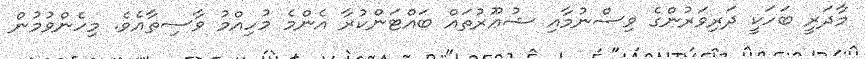
މާދަރީ ބަހަކީ ދަރިވަރުންގެ ވިސްނުމާއި ޝުޢޫރުތައް ބައްޓަންކުރާ އެންމެ މުހިއްމު ވާސިޠާއެވެ. މިހެންވުމުން